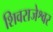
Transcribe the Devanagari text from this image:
शिवराजेश्वर